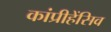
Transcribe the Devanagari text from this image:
कांप्रीहेंसिव